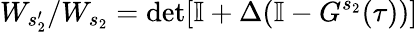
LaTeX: W_{s_{2}^{\prime}}/W_{s_{2}}=\operatorname*{det}[\mathbb{I}+{\Delta}(\mathbb{I}-{G}^{s_{2}}(\tau))]